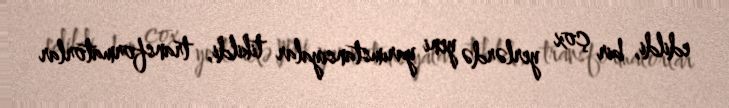
edildi, bir çox yerlərdə yeni yarımstansiyalar tikildi, transformatorlar